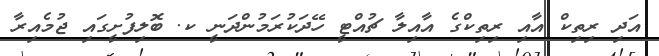
އަދި ރިތިކް އާއި ރިތިކްގެ އާއިލާ ޗުއްޓީ ހޭދަކުރަމުންދަނީ ކ. ބޮލިފުށީގައި ޖުމެއިރާ